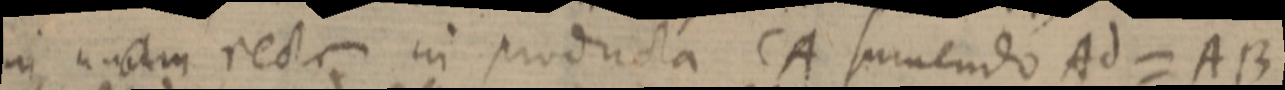
in _ recta in producta CA sumendo Ad = AB